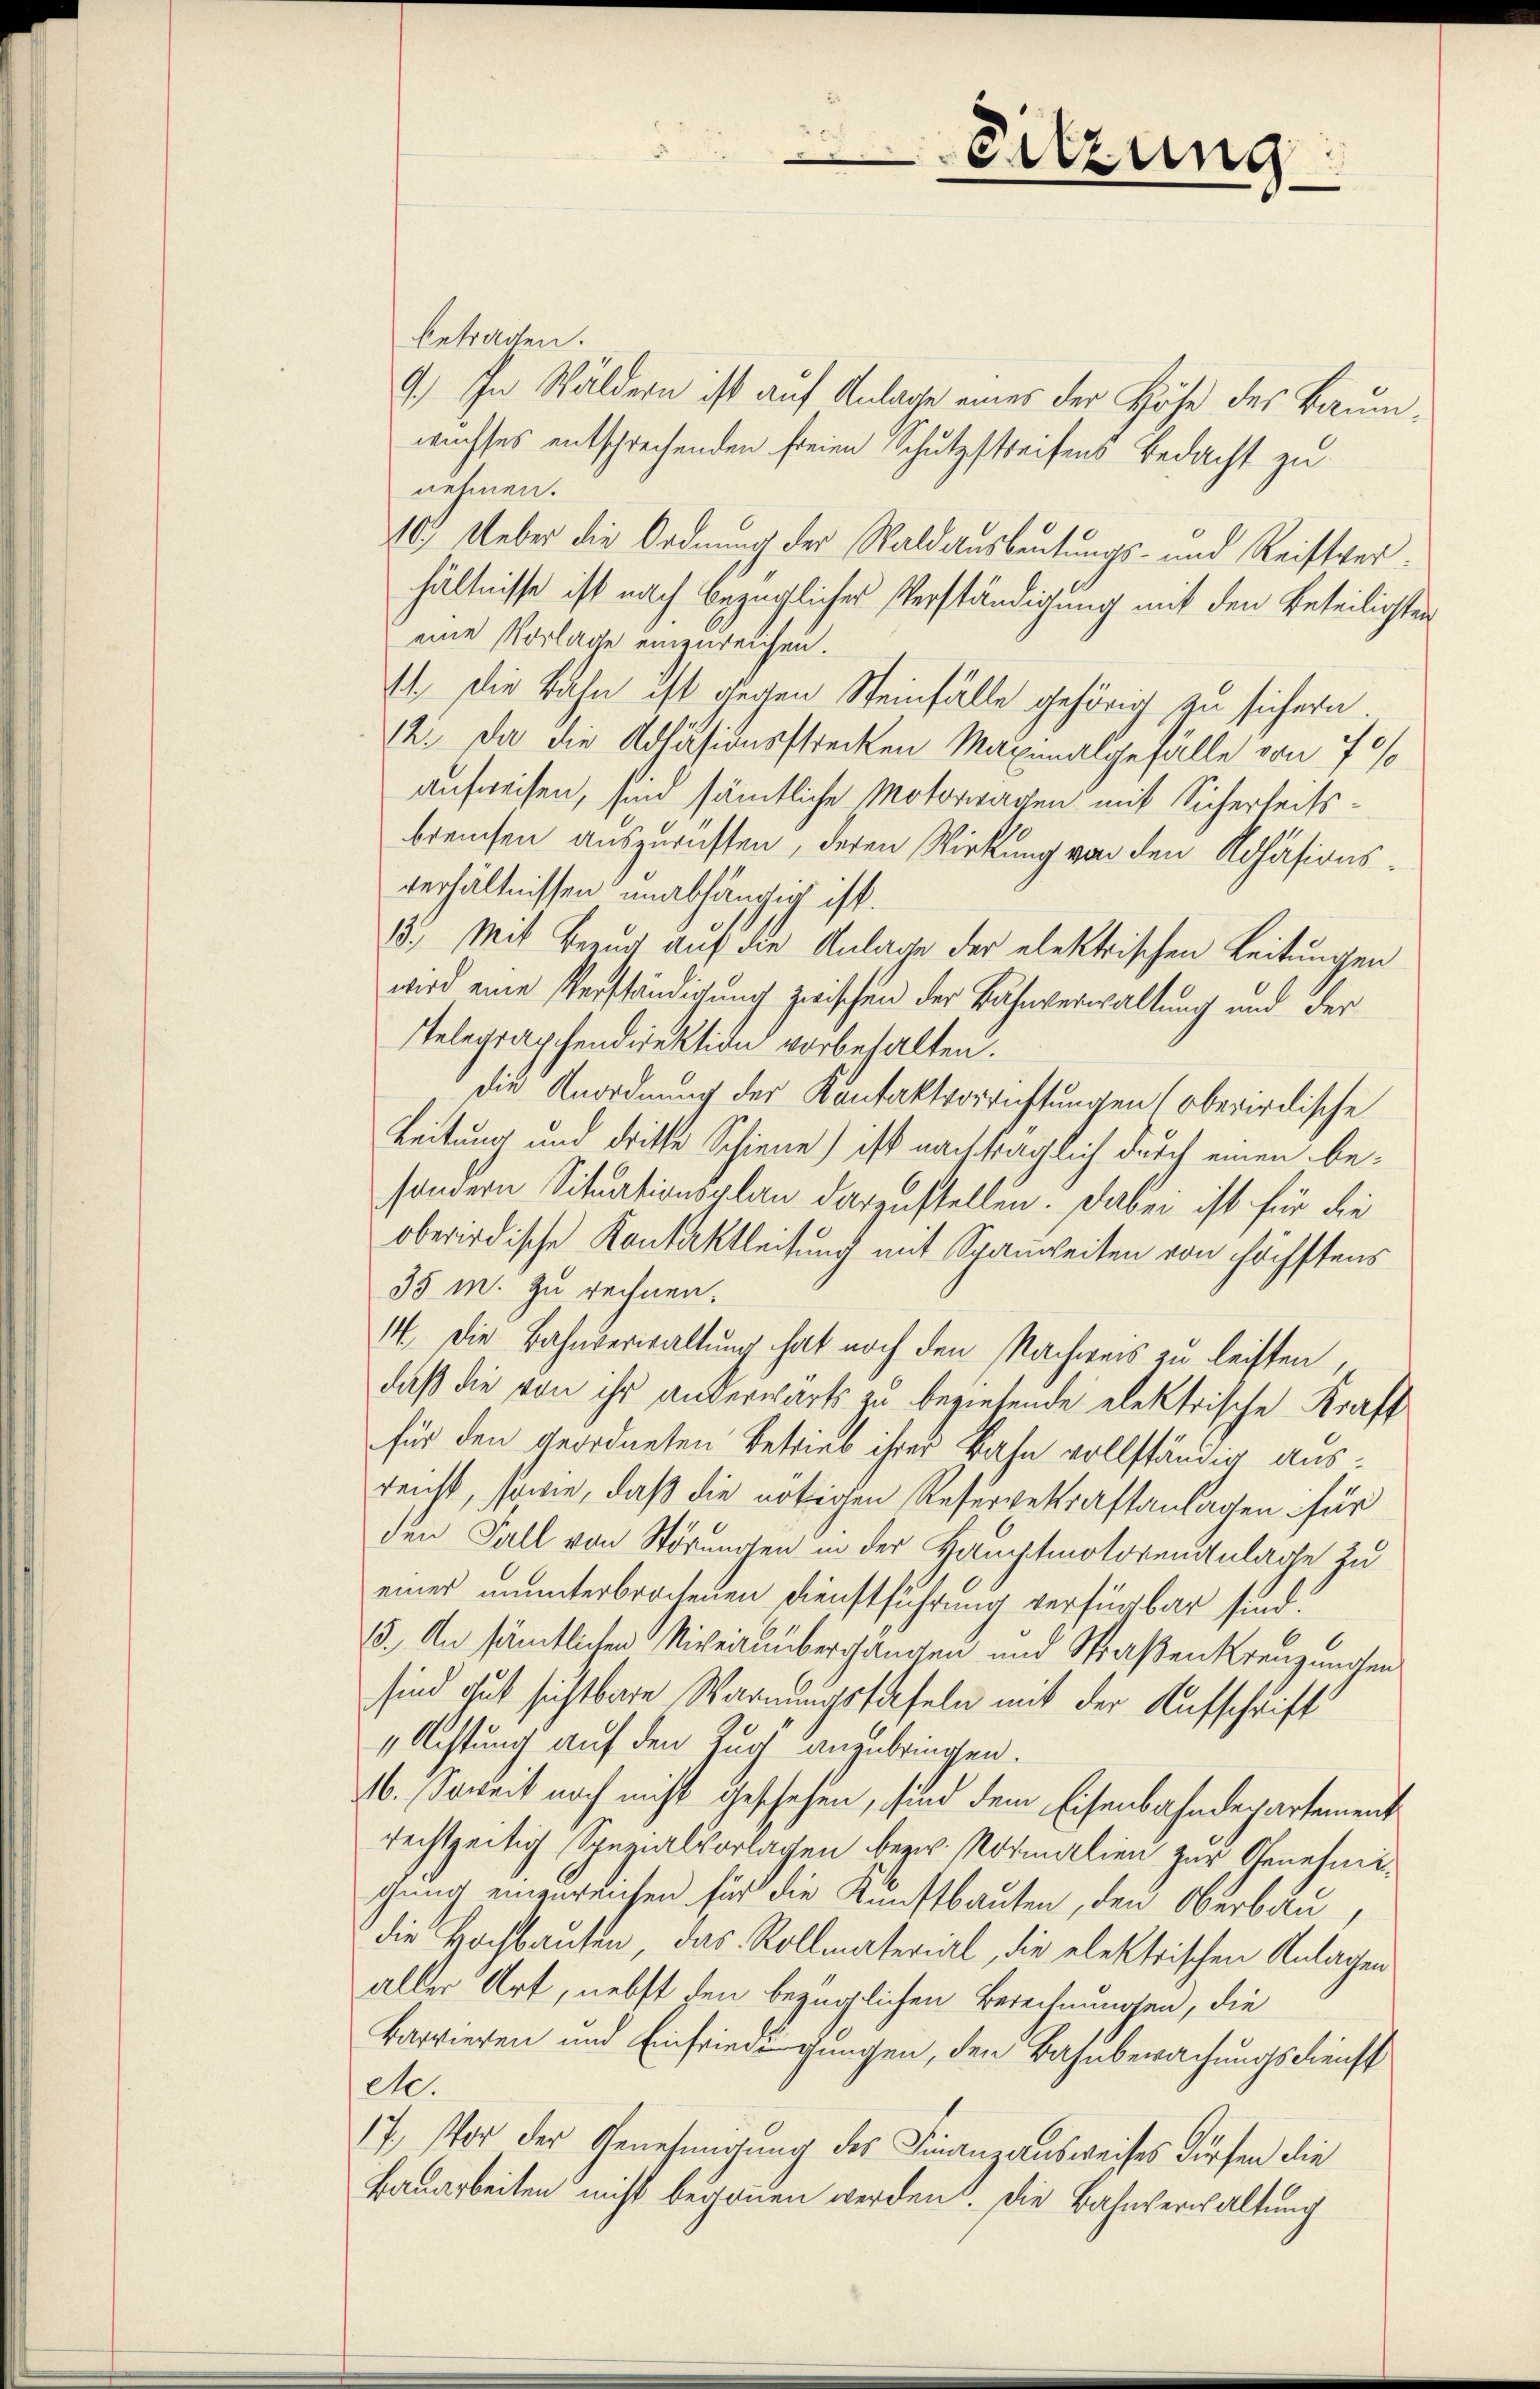
betragen.
9.) In Wäldern ist auf Anlage eines der Höhe des Baumwechses entschrechenden freien Schutzstreifens Bedacht zu
nehmen.
10. Ueber die Ordnung der Waldausbeutungs- und Reistverhältnisse ist nach bezügliches Verständigung mit den Beteiligter
eine Vorlage einenreichen.
1. Die Bahn ist gegen Steinfälle gehörig zu sichern.
12. Da die Adhäsionsstrecken Maxinalgefalle von 70/
aufweisen, sind sämtliche Motorwagen mit Sicherleitsbreuchen auszurichten, deren Wirkung von den Kohäsionsverhältnissen unabhängig ist.
13.) Mit Bezug auf die Anlage der elektrischen Leitungen
wird eine Verständigung zwischen der Bahnverwaltung und der
Telegraphendirektion vorbehalten.
die Anordnung der Kontaktvorrichtungen (oberirdische
Leitung und dritte Schiene) ist nachträglich durch einen be-
sondern Situationsplan darzustellen. Dabei ist für die
oberirdische Kontaktleitung mit Spanweiten von höchstens
35 m. zu rechnen.
14. Die Bahnverwaltung hat noch den Nachweis zu leisten,
daß die von ihr anderwärts zu beziehende elektrische Kraft
für den geordneten Betrieb ihrer Bahn vollständig ausreicht, sowie, daß die nötigen Reservekraftanlagen für
den Fall von Störungen in der Hauptmotorenzulage zu
eines ununterbrochenen Dienstführung verfügbar sind:
15. An sämtlichen Nivheitsübergangen und Straßenkreuzungen
sind gut sichtbare Warnungstafeln mit der Aufschrift
1 Achtung auf den Zug anzubringen.
16. Soweit noch nicht geschehen, sind dem Eisenbahndepartement
rechtzeitig Spezialvorlagen bezw. Normalien zur Genehmigung einzureichen für die Kunstbauten, den Oberban,
die Hochbauten, das Rollmaterial, die elektrischen Anlagen
aller Art, nebst den bezüglichen Berechnungen, die
Barrieren und Einfriedungungen, den Bahnbewachungsdienst
M.
17., Vor der Genehmigung des Finanzausweises dürfen die
Bauarbeiten nicht begonnen werden. Die Bahnverwaltung

Sitzung